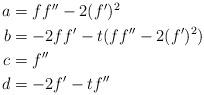
LaTeX: \begin{align*}\begin{aligned} a &= ff'' -2(f')^2 \\ b &= -2ff' -t(ff'' - 2(f')^2) \\ c &= f'' \\ d &= -2f' - tf'' \end{aligned}\end{align*}